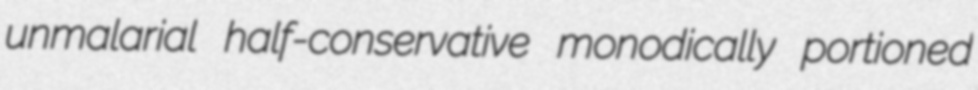
unmalarial half-conservative monodically portioned